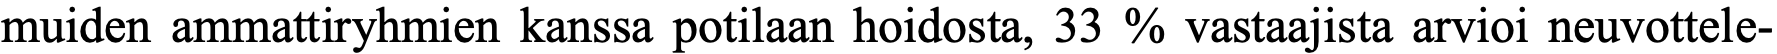
muiden ammattiryhmien kanssa potilaan hoidosta, 33 % vastaajista arvioi neuvottele-